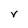
Character: v